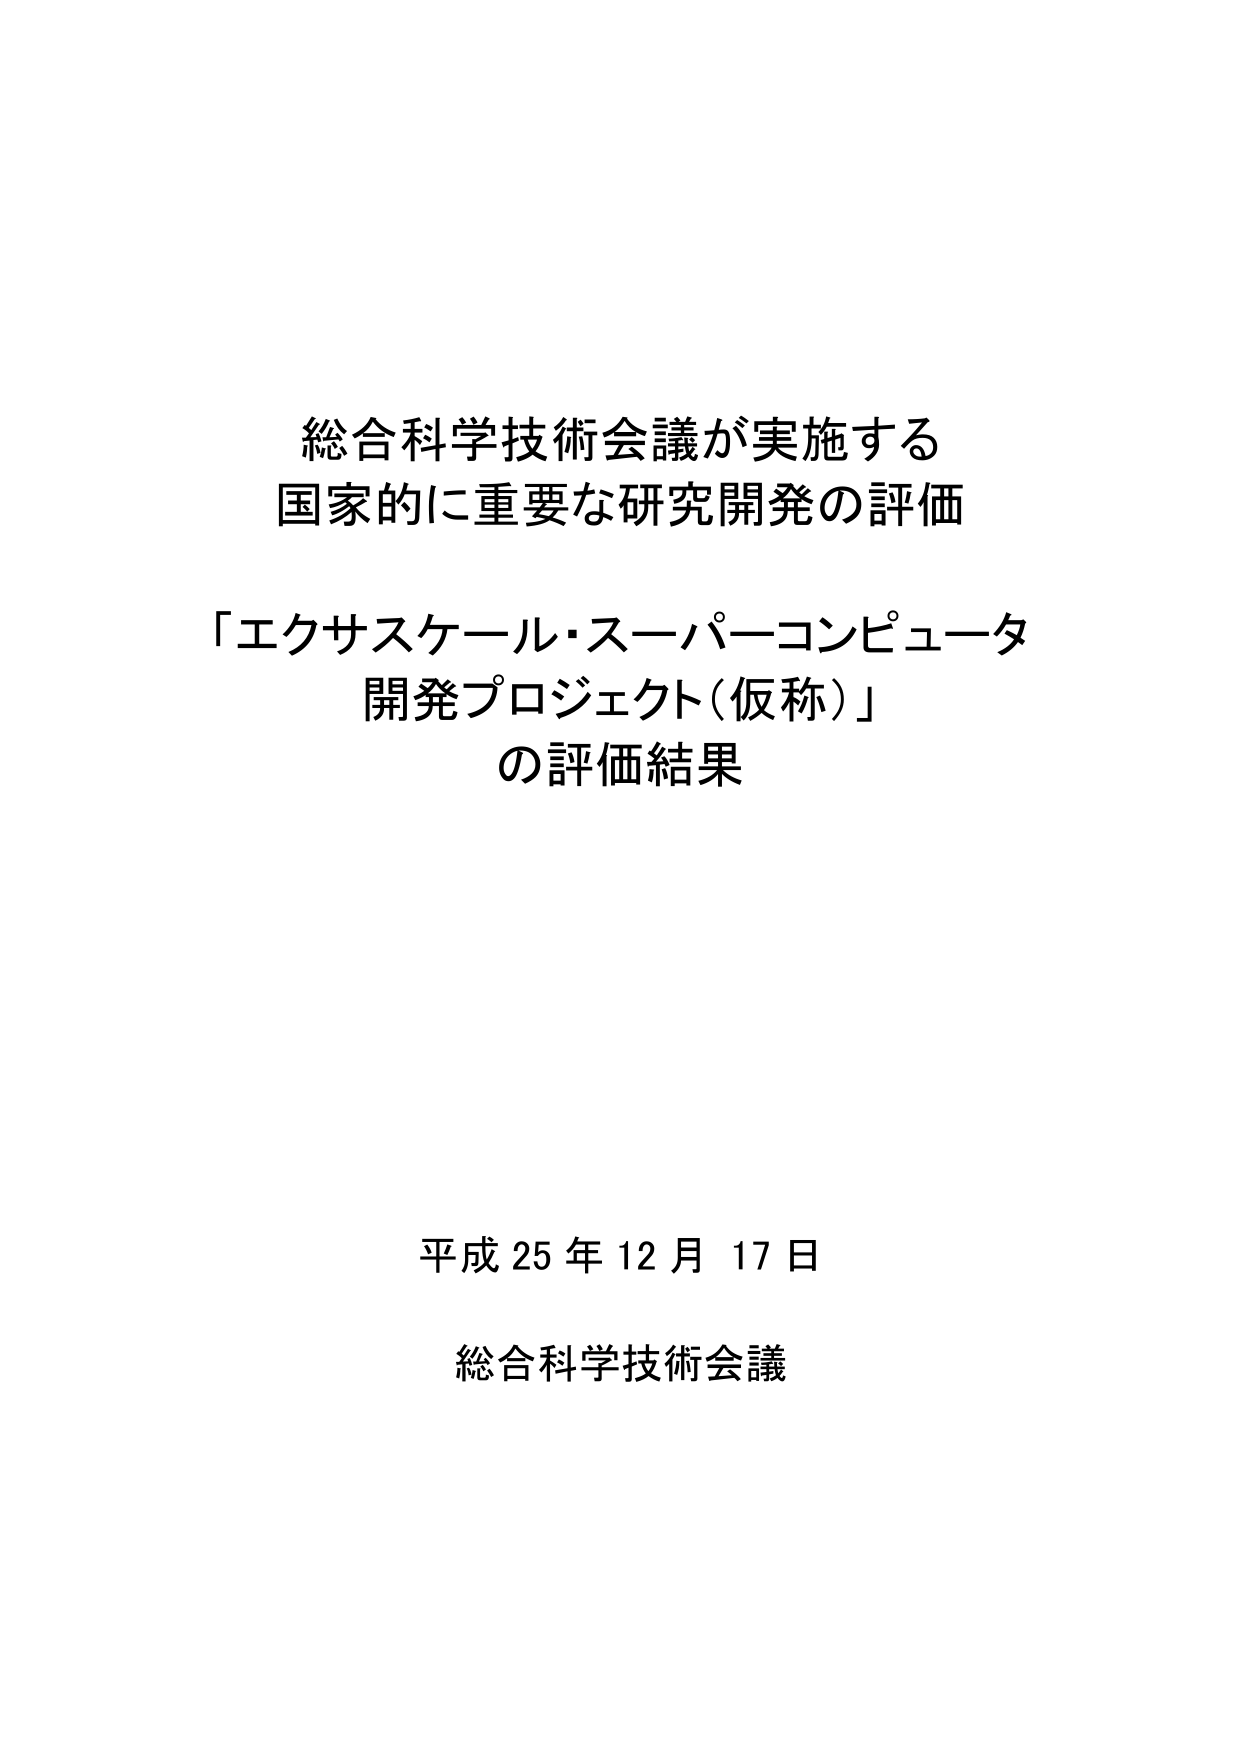
総合科学技術会議が実施する
国家的に重要な研究開発の評価

「エクサスケール・スーパーコンピュータ
開発プロジェクト（仮称）」
の評価結果

平成25年12月17日
総合科学技術会議